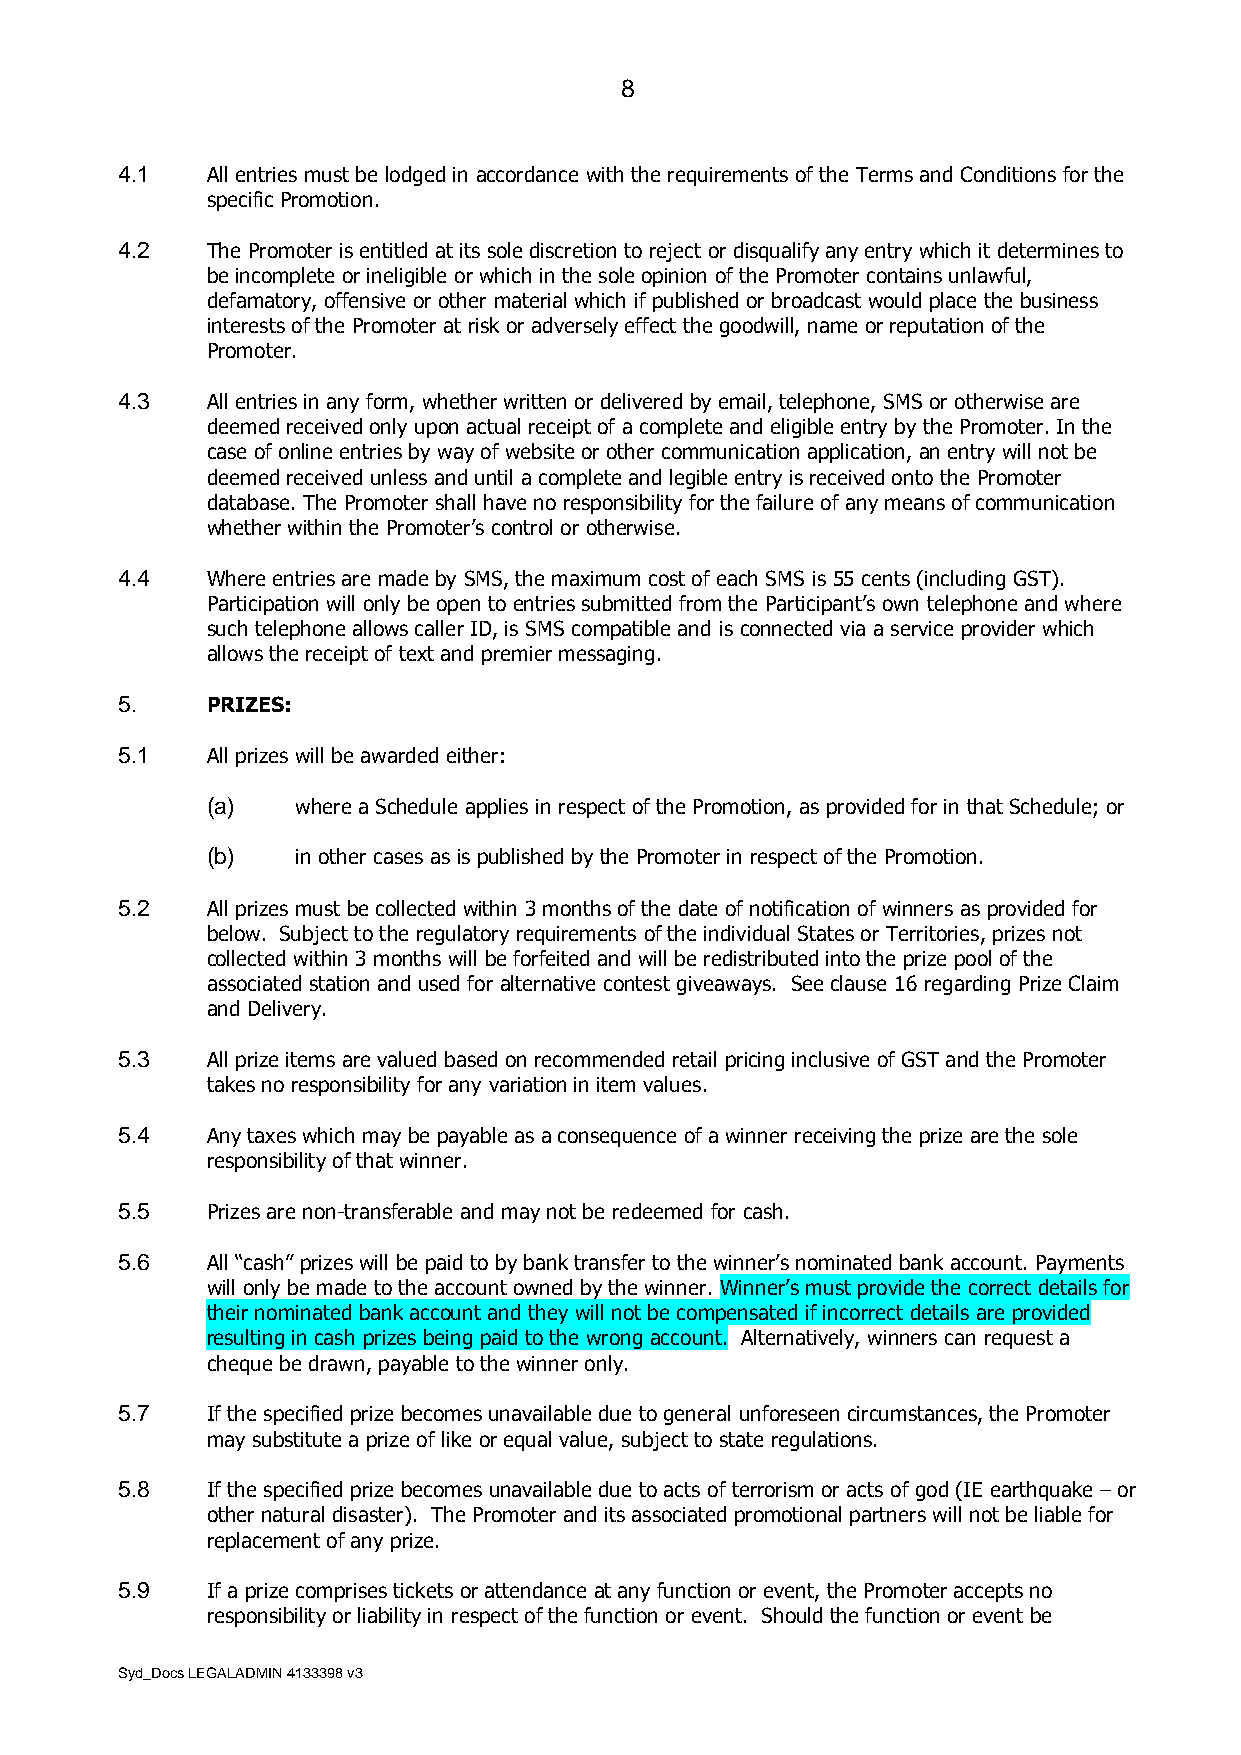
8
 4.1   All entries must be lodged in accordance with the requirements of the Terms and Conditions for the
 specific Promotion.
 4.2   The Promoter is entitled at its sole discretion to reject or disqualify any entry which it determines to
 be incomplete or ineligible or which in the sole opinion of the Promoter contains unlawful,
 defamatory, offensive or other material which if published or broadcast would place the business
 interests of the Promoter at risk or adversely effect the goodwill, name or reputation of the
 Promoter.
 4.3   All entries in any form, whether written or delivered by email, telephone, SMS or otherwise are
 deemed received only upon actual receipt of a complete and eligible entry by the Promoter. In the
 case of online entries by way of website or other communication application, an entry will not be
 deemed received unless and until a complete and legible entry is received onto the Promoter
 database. The Promoter shall have no responsibility for the failure of any means of communication
 whether within the Promoter’s control or otherwise.
 4.4   Where entries are made by SMS, the maximum cost of each SMS is 55 cents (including GST).
 Participation will only be open to entries submitted from the Participant’s own telephone and where
 such telephone allows caller ID, is SMS compatible and is connected via a service provider which
 allows the receipt of text and premier messaging.
 5.    PRIZES:
 5.1   All prizes will be awarded either:
 (a)   where a Schedule applies in respect of the Promotion, as provided for in that Schedule; or
 (b)   in other cases as is published by the Promoter in respect of the Promotion.
 5.2   All prizes must be collected within 3 months of the date of notification of winners as provided for
 below. Subject to the regulatory requirements of the individual States or Territories, prizes not
 collected within 3 months will be forfeited and will be redistributed into the prize pool of the
 associated station and used for alternative contest giveaways. See clause 16 regarding Prize Claim
 and Delivery.
 5.3   All prize items are valued based on recommended retail pricing inclusive of GST and the Promoter
 takes no responsibility for any variation in item values.
 5.4   Any taxes which may be payable as a consequence of a winner receiving the prize are the sole
 responsibility of that winner.
 5.5   Prizes are non-transferable and may not be redeemed for cash.
 5.6   All “cash” prizes will be paid to by bank transfer to the winner’s nominated bank account. Payments
 will only be made to the account owned by the winner. Winner’s must provide the correct details for
 their nominated bank account and they will not be compensated if incorrect details are provided
 resulting in cash prizes being paid to the wrong account. Alternatively, winners can request a
 cheque be drawn, payable to the winner only.
 5.7   If the specified prize becomes unavailable due to general unforeseen circumstances, the Promoter
 may substitute a prize of like or equal value, subject to state regulations.
 5.8   If the specified prize becomes unavailable due to acts of terrorism or acts of god (IE earthquake – or
 other natural disaster). The Promoter and its associated promotional partners will not be liable for
 replacement of any prize.
 5.9   If a prize comprises tickets or attendance at any function or event, the Promoter accepts no
 responsibility or liability in respect of the function or event. Should the function or event be
 Syd_Docs LEGALADMIN 4133398 v3